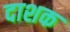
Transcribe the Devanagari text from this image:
दाशक